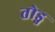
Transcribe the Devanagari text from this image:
तोड्न